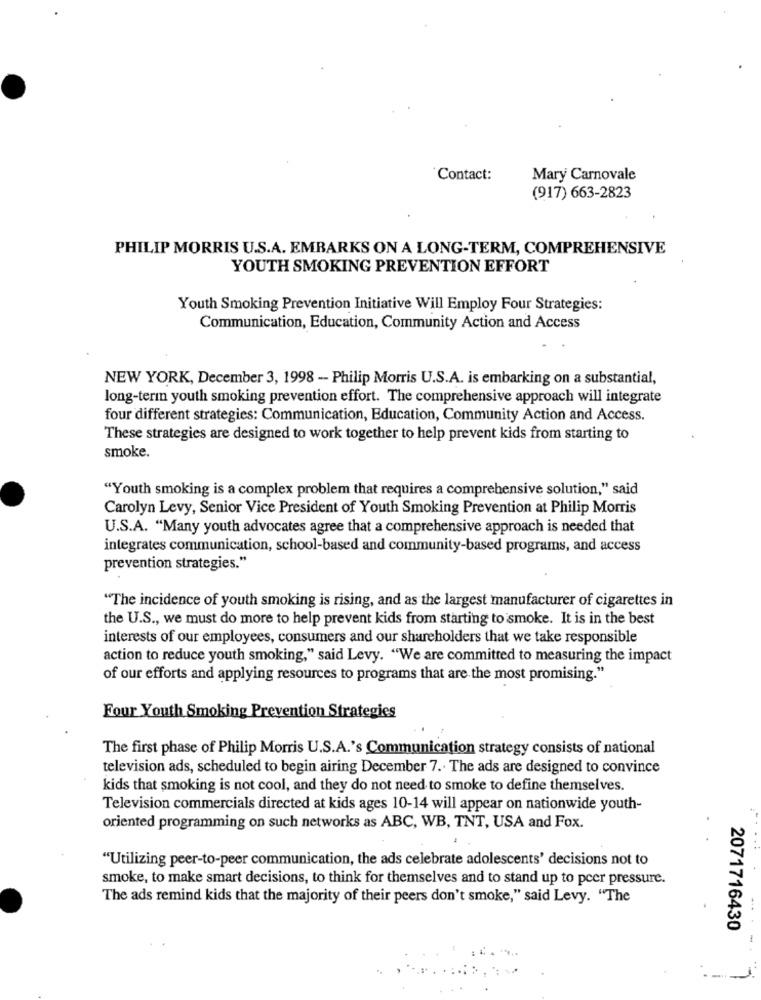
Contact:
Mary Carnovale
(917) 663-2823
PHILIP MORRIS U.S.A. EMBARKS ON A LONG-TERM, COMPREHENSIVE
YOUTH SMOKING PREVENTION EFFORT
Youth Smoking Prevention Initiative Will Employ Four Strategies:
Communication, Education, Community Action and Access
NEW YORK, December 3, 1998 - Philip Morris U.S.A. is embarking on a substantial,
long-term youth smoking prevention effort. The comprehensive approach will integrate
four different strategies: Communication, Education, Community Action and Access.
These strategies are designed to work together to help prevent kids from starting to
smoke.
"Youth smoking is a complex problem that requires a comprehensive solution," said
Carolyn Levy, Senior Vice President of Youth Smoking Prevention at Philip Morris
U.S.A. "Many youth advocates agree that a comprehensive approach is needed that
integrates communication, school-based and community-based programs, and access
prevention strategies."
"The incidence of youth smoking is rising, and as the largest manufacturer of cigarettes in
the U.S ., we must do more to help prevent kids from starting to smoke. It is in the best
interests of our employees, consumers and our shareholders that we take responsible
action to reduce youth smoking," said Levy. "We are committed to measuring the impact
of our efforts and applying resources to programs that are the most promising."
Four Youth Smoking Prevention Strategies
The first phase of Philip Morris U.S.A.'s Communication strategy consists of national
television ads, scheduled to begin airing December 7 .. The ads are designed to convince
kids that smoking is not cool, and they do not need to smoke to define themselves.
Television commercials directed at kids ages 10-14 will appear on nationwide youth-
oriented programming on such networks as ABC, WB, TNT, USA and Fox.
"Utilizing peer-to-peer communication, the ads celebrate adolescents' decisions not to
smoke, to make smart decisions, to think for themselves and to stand up to peer pressure.
The ads remind kids that the majority of their peers don't smoke," said Levy. "The
2071716430